Lunatic asylums in Bengal annual reports 1888-1898 - 1888-1898
Year: 1888
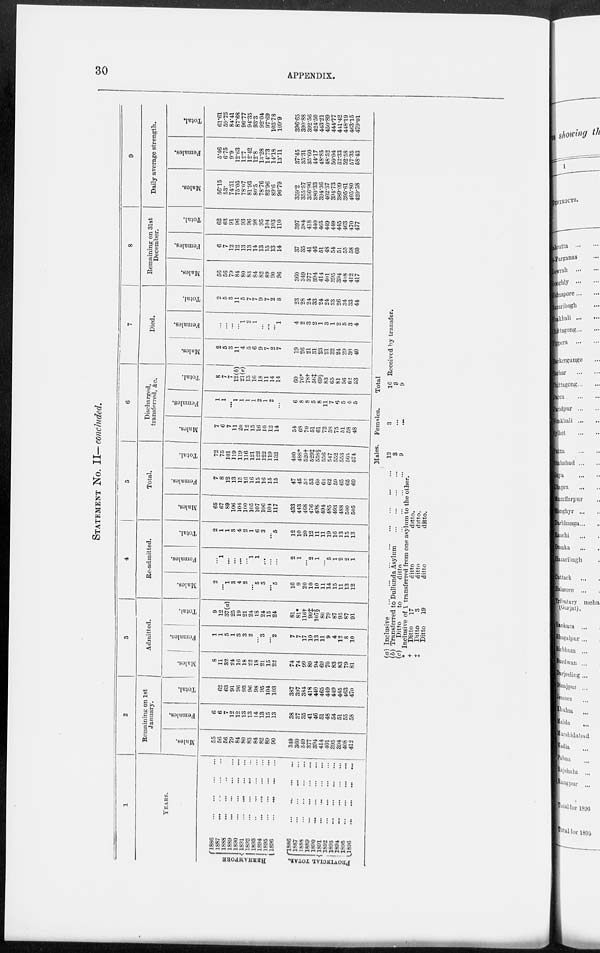
30
APPENDIX.
STATEMENT No. II—concluded.
1
YEARS.
BERHAMPORE
PROVINCIAL TOTAL.
1886
...
...
...
...
1887
...
...
...
...
1888
...
...
...
...
1889
...
...
...
...
1890
...
...
...
...
1891
...
...
...
...
1892
...
...
...
...
1893
...
...
...
...
1894
...
...
...
...
1895
...
...
...
...
1896
...
...
...
...
1886
...
...
...
...
1887
...
...
...
...
1888
...
...
...
...
1889
...
...
...
...
1890
...
...
...
...
1891 ... ... ... ...
1892
...
...
...
...
1893
...
...
...
...
1894 ... ... ... ...
1895
...
...
...
...
1896
...
...
...
...
2
Remaining on 1st
January.
Mal es .
55
56
56
79
84
80
83
84
82
89
90
349
360
349
377
394
414
401
395
394
408
412
Fe ma l
e s .
6
6
7
12
12
13
13
14
13
15
13
38
37
35
41
46
51
48
54
51
55
58
Total.
61
62
63
91
96
93
96
98
95
104
103
387
397
384
418
440
465
449
449
445
463
470
3
Admitted.
Males.
8
11
32
24
16
18
22
18
21
15
22
74
74
99
89
94
69
70
83
83
79
81
Fe ma l
e s .
1
1
5
1
3
3
2
...
3
...
2
7
7
17
10
13
11
9
4
12
8
10
Tot al .
9
12
37(a)
25
19
21
24
18
24
15
24
81
81*
116†
99‡
107§
80
79
87
95
87
91
4
Re-admitted.
Mal es .
2
...
1
3
4
2
...
5
3
...
5
10
9
20
10
10
11
14
15
11
13
12
Fe ma l
e s .
...
1
...
...
...
1
1
...
...
...
2
1
...
2
1
...
5
1
2
2
1
Total.
2
1
1
3
4
2
1
6
3
...
5
12
10
20
12
11
11
19
16
13
15
13
5
Total.
Males.
65
67
89
106
104
100
105
107
106
104
117
433
443
468
476
498
494
485
493
488
500
505
Females.
7
8
12
13
15
16
16
15
16
15
15
47
45
52
53
60
62
62
59
65
65
69
Total.
72
75
101
119
119
116
121
122
122
119
132
480
488*
520†
529‡
558§
556
547
552
553
565
574
6
"Discharged,
transferred, &c.
Males.
7
6
7
11
20
12
15
16
10
12
14
54
68
70
51
61
72
58
75
51
58
48
Females.
1
1
...
1
1
1
1
2
1
2
...
6
8
8
5
8
11
7
6
5
4
5
Total.
8
7
7
12(b)
21(c)
13
16
18
11
14
14
60
76*
78†
56‡
69§
83
65
81
56
62
53
7
Died.
Males.
2
5
3
11
4
5
6
9
7
2
7
19
26
21
31
23
21
32
24
29
30
40
Females.
...
...
...
...
1
2
1
...
...
...
1
4
2
3
2
1
3
1
2
5
3
4
Total.
2
5
3
11
5
7
7
9
7
2
8
23
28
24
33
24
24
33
26
34
33
44
8
Remaining on 31st
December.
Males.
56
56
79
84
80
83
84
82
89
90
96
360
349
377
394
414
401
395
394
408
412
417
Females.
6
7
12
12
13
13
14
13
15
13
14
37
35
41
46
51
48
54
51
55
58
60
Total.
62
63
91
96
93
96
98
95
104
103
110
397
384
418
440
465
449
449
445
463
470
477
9
Daily average strength.
Males.
56.15
53.
74.51
75.05
78.07
81.93
80.5
78.76
82.96
89.6
96.79
359.2
355.57
356.96
380.33
394.36
402.37
394.73
389.09
395.61
405.80
420.58
Females.
5.46
6.75
9.9
12.63
12.7
12.42
12.8
13.28
14.73
14.18
13.11
37.45
35.31
35.60
44.17
48.85
48.52
50.04
52.33
52.58
57.35
58.43
Total.
61.61
59.75
84.41
87.68
90.77
94.35
93.3
92.04
97.69
103.78
109.9
396.65
390.88
392.56
424.50
443.21
450.89
444.77
441.42
448.19
463.15
479.01
(a) Inclusive
...
...
...
...
...
...
...
...
(b) Transferred to Dullunda Asylum
...
...
...
...
(c)
Ditto
to
ditto
...
...
...
...
* Inclusive of 1 transferred from one asylum to the other.
†
Ditto
17
ditto
ditto.
‡
Ditto
3
ditto
ditto.
Ditto
19
ditto
ditto.
Males.
13
3
9
Females.
3
...
...
Total
16
3
9
Received by transfer.